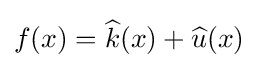
f(x)={\widehat {k}}(x)+{\widehat {u}}(x)